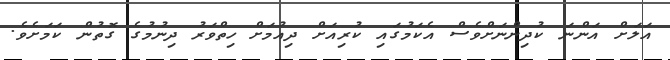
އަލަށް އަންނަ ކުދިންނަށްވެސް އެކަމުގައި ކުރިއަށް ދިއުމަށް ހިތްވަރު ދިނުމުގެ ގޮތުން ކަމަށެވެ.